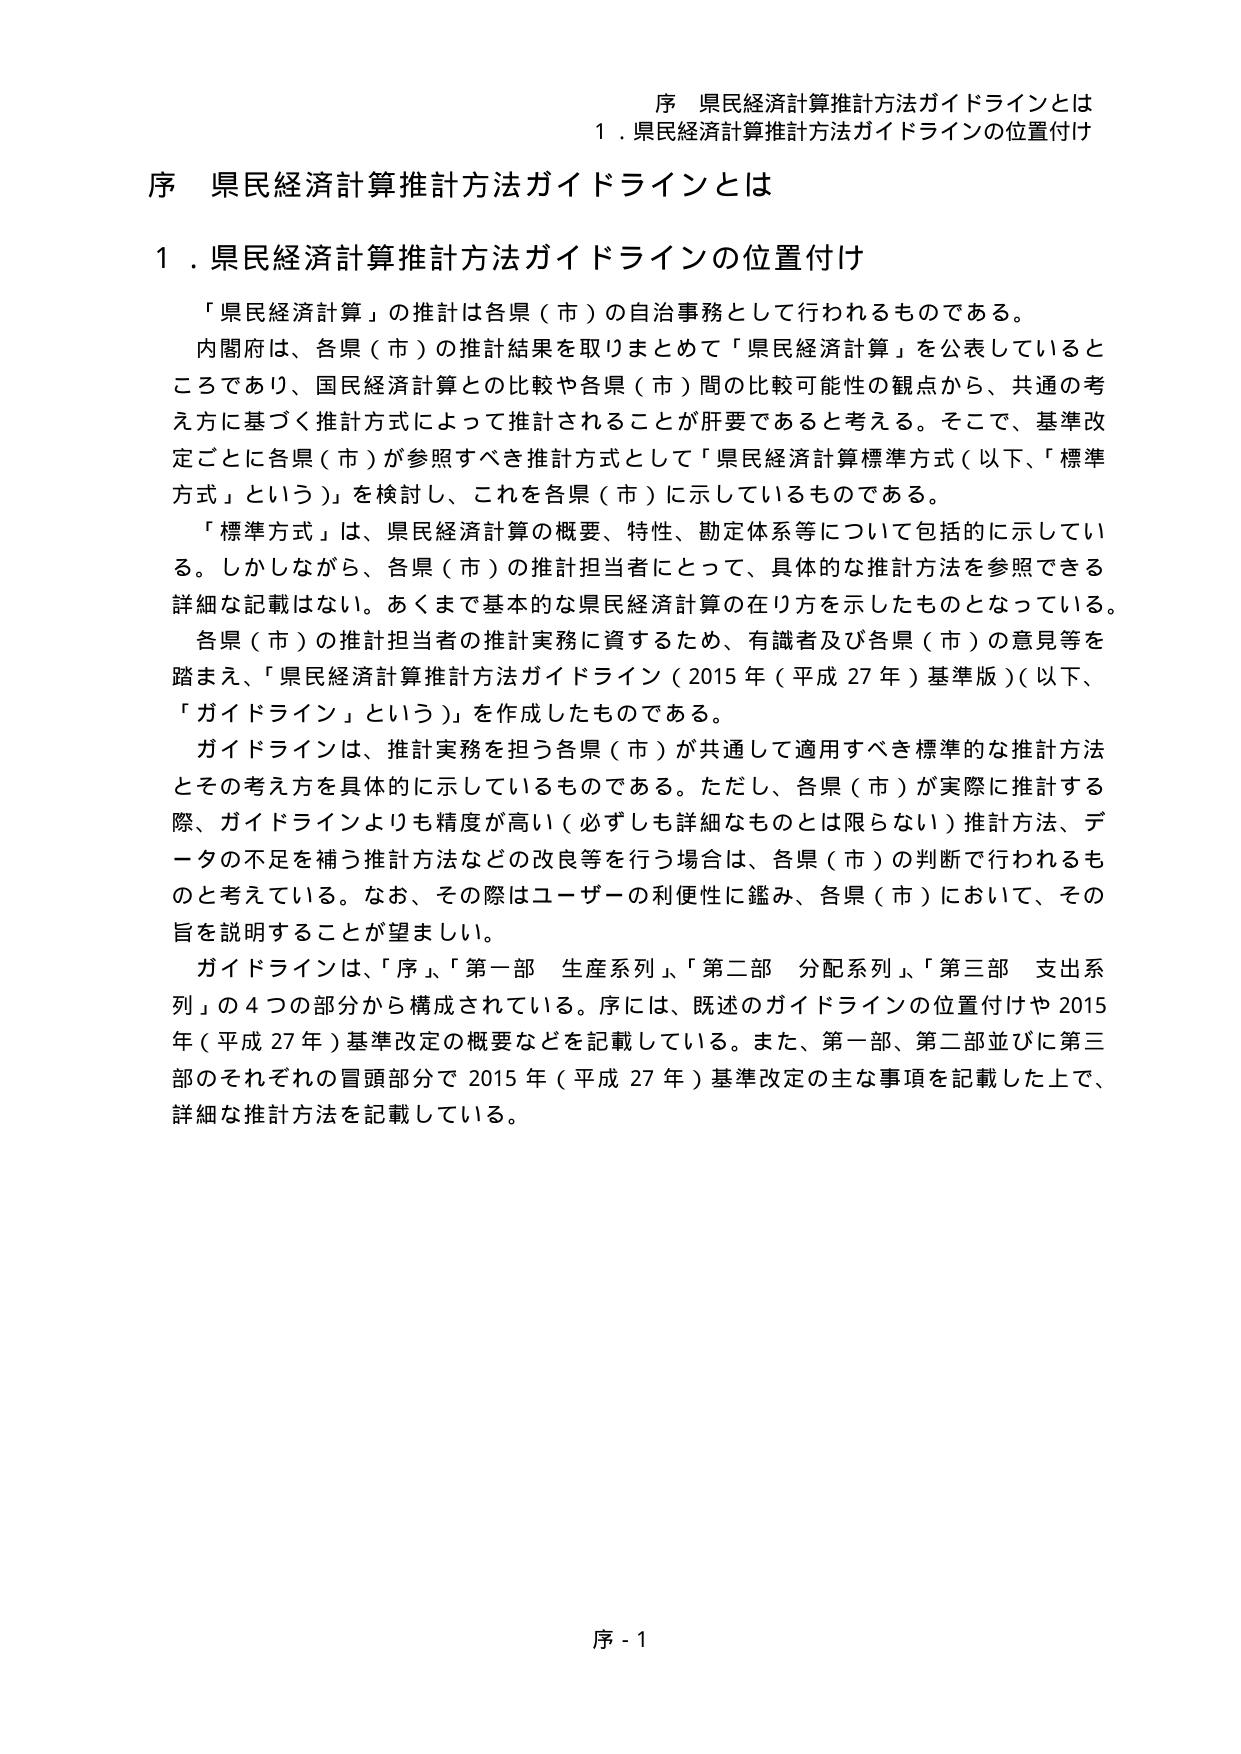
序 県民経済計算推計方法ガイドラインとは
１．県民経済計算推計方法ガイドラインの位置付け

序 県民経済計算推計方法ガイドラインとは

１．県民経済計算推計方法ガイドラインの位置付け

「県民経済計算」の推計は各県（市）の自治事務として行われるものである。
内閣府は、各県（市）の推計結果を取りまとめて「県民経済計算」を公表しているところであり、国民経済計算との比較や各県（市）間の比較可能性の観点から、共通の考え方に基づく推計方式によって推計されることが肝要であると考える。そこで、基準改定ごとに各県（市）が参照すべき推計方式として「県民経済計算標準方式（以下、「標準方式」という）」を検討し、これを各県（市）に示しているものである。

「標準方式」は、県民経済計算の概要、特性、勘定体系等について包括的に示している。しかしながら、各県（市）の推計担当者にとって、具体的な推計方法を参照できる詳細な記載はない。あくまで基本的な県民経済計算の在り方を示したものとなっている。各県（市）の推計担当者の推計実務に資するため、有識者及び各県（市）の意見等を踏まえ、「県民経済計算推計方法ガイドライン（2015年（平成27年）基準版）（以下、「ガイドライン」という）」を作成したものである。

ガイドラインは、推計実務を担う各県（市）が共通して適用すべき標準的な推計方法とその考え方を具体的に示しているものである。ただし、各県（市）が実際に推計する際、ガイドラインよりも精度が高い（必ずしも詳細なものとは限らない）推計方法、データの不足を補う推計方法などの改良等を行う場合は、各県（市）の判断で行われるものと考えている。なお、その際はユーザーの利便性に鑑み、各県（市）において、その旨を説明することが望ましい。

ガイドラインは、「序」、「第一部 生産系列」、「第二部 分配系列」、「第三部 支出系列」の4つの部分から構成されている。序には、既述のガイドラインの位置付けや2015年（平成27年）基準改定の概要などを記載している。また、第一部、第二部並びに第三部のそれぞれの冒頭部分で2015年（平成27年）基準改定の主な事項を記載した上で、詳細な推計方法を記載している。

序 - 1